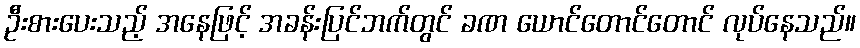
ဦးစားပေးသည့် အနေဖြင့် အခန်းပြင်ဘက်တွင် ခဏ ယောင်တောင်တောင် လုပ်နေသည်။